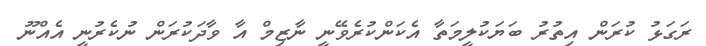
ރަގަޅު ކުރަން އިތުރު ބަޔަކުލީމަތާ އެކަންކުރެވޭނީ ނާޒިމް އާ ވާދަކުރަން ނުކެރުނީ އެއްނޫ